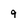
Character: 9